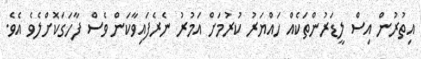
އިތުރުން އިސް ލީޑަރުންތަކެއް ހައްޔަރު ކުރުމަށް އަމުރު ނެރެފައިވާކަން ވެސް ފާހަގަކޮށްލެވެ އެވެ.